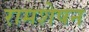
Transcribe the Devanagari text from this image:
रामशेषन